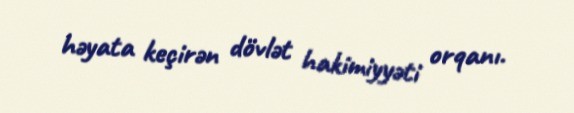
həyata keçirən dövlət hakimiyyəti orqanı.